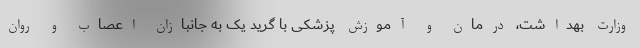
وزارت بهداشت، درمان و آموزش پزشکی با گرید یک به جانبازان اعصاب و روان